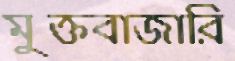
মুক্তবাজারি